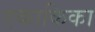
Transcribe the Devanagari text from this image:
एकाकिका